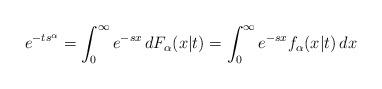
LaTeX: \begin{align*}e^{-t s^\alpha} &= \int_0^\infty e^{-sx}\,dF_\alpha(x\vert t) = \int_0^\infty e^{-s x} f_\alpha(x\vert t)\, dx \end{align*}